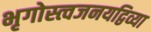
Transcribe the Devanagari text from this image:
भृगोस्त्वजनयद्विव्या